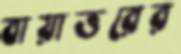
বায়াত্তরের